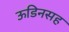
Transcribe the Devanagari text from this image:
ऊडिनसह